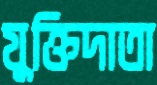
যুক্তিদাতা